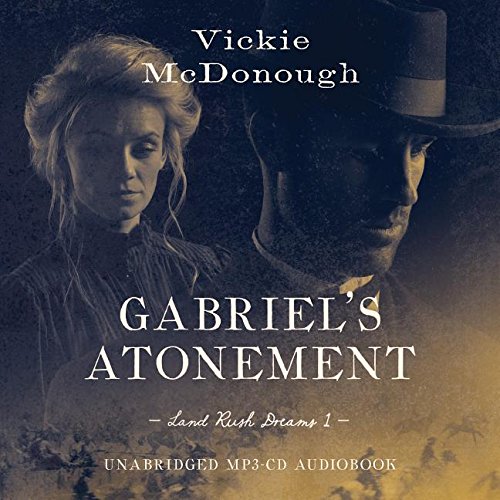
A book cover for Gabriel's Atonement  Audio (CD): (Land Rush Dreams); Vickie McDonough; Romance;